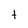
Character: t